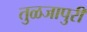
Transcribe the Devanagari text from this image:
तुळजापुरी